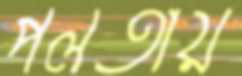
পলতায়